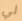
لي